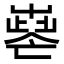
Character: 𡴧